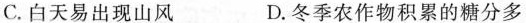
C.白天易出现山风 D.冬季农作物积累的糖分多